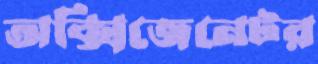
অক্সিজেনেটর